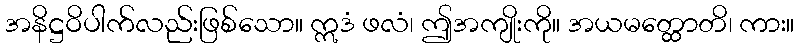
အနိဋ္ဌဝိပါက်လည်းဖြစ်သော။ ဣဒံ ဖလံ၊ ဤအကျိုးကို။ အယမတ္ထောတိ၊ ကား။